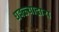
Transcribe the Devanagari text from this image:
धवळ्याद्वारा